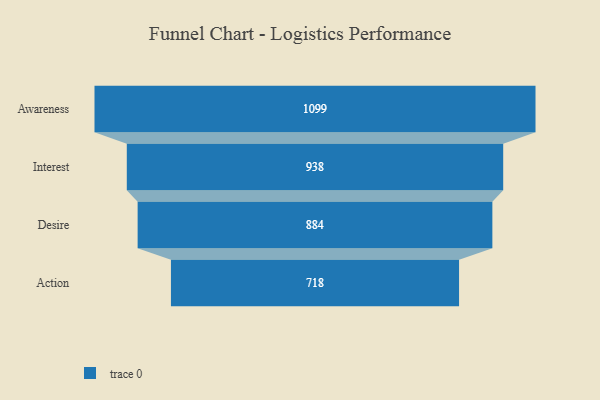
{"axis": {"x": "Stage", "y": "Value"}, "legend": [""], "data": [{"x": "Awareness", "y": 1099.0, "type": ""}, {"x": "Interest", "y": 938.0, "type": ""}, {"x": "Desire", "y": 884.0, "type": ""}, {"x": "Action", "y": 718.0, "type": ""}]}